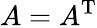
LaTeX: A=A^{\mathrm{T}}